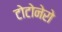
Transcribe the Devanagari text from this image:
टोटोनेरो